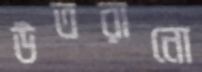
উতরানো